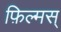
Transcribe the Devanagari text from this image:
फ़िल्मस्